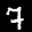
Label: 7